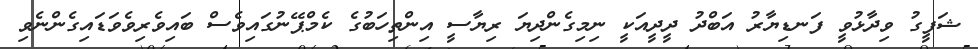
ޝަފީގު ވިދާޅުވީ ފަނޑިޔާރު އަބްދު ދީދީއަކީ ނިމިގެންދިޔަ ރިޔާސީ އިންތިހަބުގެ ކެމްޕޭނުގައިވެސް ބައިވެރިވެވަޑައިގެންނެވި